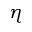
\eta